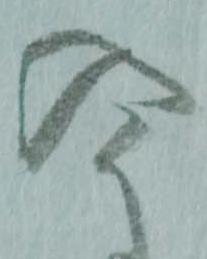
今